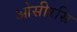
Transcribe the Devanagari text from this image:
ओसीरसि